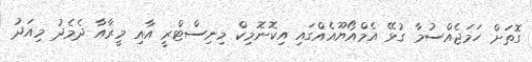
ގޮތަށް ހަމަޖެއްސުމާ ގުޅޭ އެމްއޯޔޫއެއްގައި އިކޮނޮމިކް މިނިސްޓްރީ އާއި މީރާއާ ދެެމެދު މިއަދު